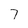
Character: 7